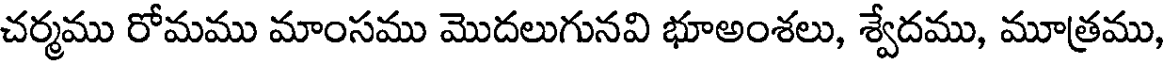
చర్మము రోమము మాంసము మొదలుగునవి భూఅంశలు, శ్వేదము, మూత్రము,